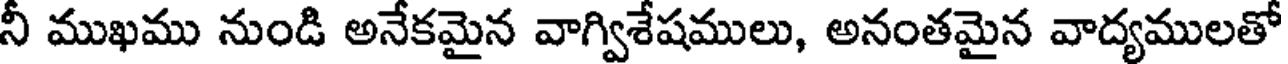
నీ ముఖము నుండి అనేకమైన వాగ్విశేషములు, అనంతమైన వాద్యములతో